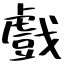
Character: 戲